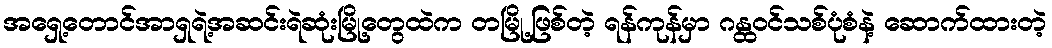
အရှေ့တောင်အာရှရဲ့အဆင်းရဲဆုံးမြို့တွေထဲက တမြို့ဖြစ်တဲ့ ရန်ကုန်မှာ ဂန္ထဝင်သစ်ပုံစံနဲ့ ဆောက်ထားတဲ့